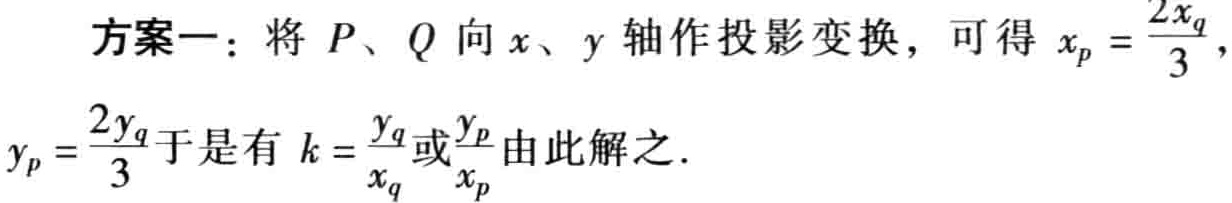
方案一：将 \(P、Q\) 向 \(x、y\) 轴作投影变换，可得 \(x_p = \frac{2x_q}{3}\)，\(y_p = \frac{2y_q}{3}\)于是有 \(k = \frac{y_q}{x_q}\)或\(\frac{y_p}{x_p}\)由此解之.